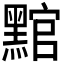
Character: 𮮛